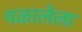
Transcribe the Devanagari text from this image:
पळालेला